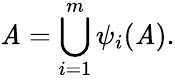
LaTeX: \mathit{A}=\bigcup_{i=1}^{m}\psi_{i}(\mathit{A}).